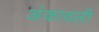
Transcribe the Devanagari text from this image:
अंकावली